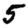
Digit: 5